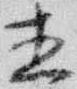
直